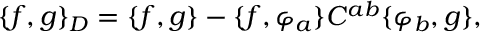
\{ f , g \} _ { D } = \{ f , g \} - \{ f , \varphi _ { a } \} C ^ { a b } \{ \varphi _ { b } , g \} ,